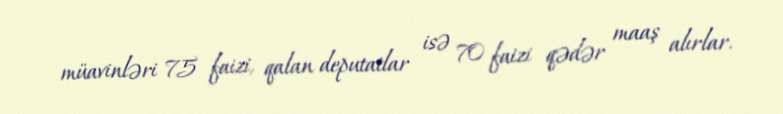
müavinləri 75 faizi, qalan deputatlar isə 70 faizi qədər maaş alırlar.